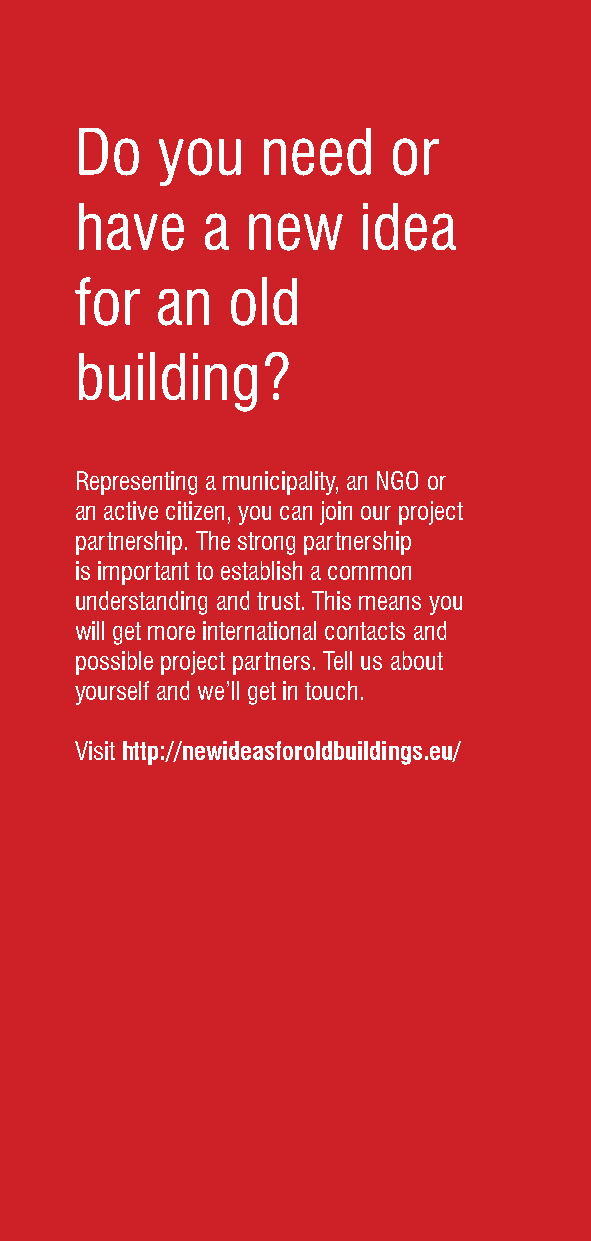
Do   you    need     or
 have    a  new     idea
 for  an   old
 building?
 Representing a municipality, an NGO or
 an active citizen, you can join our project
 partnership. The strong partnership
 is important to establish a common
 understanding and trust. This means you
 will get more international contacts and
 possible project partners. Tell us about
 yourself and we’ll get in touch.
 Visit http://newideasforoldbuildings.eu/